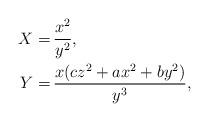
\begin{align*}X=& \, \frac{x^2}{y^2},\\Y=& \, \frac{x(c z^2+ a x^2+ b y^2)}{y^3},\end{align*}